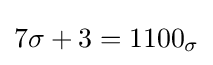
7\sigma +3=1100_{\sigma }